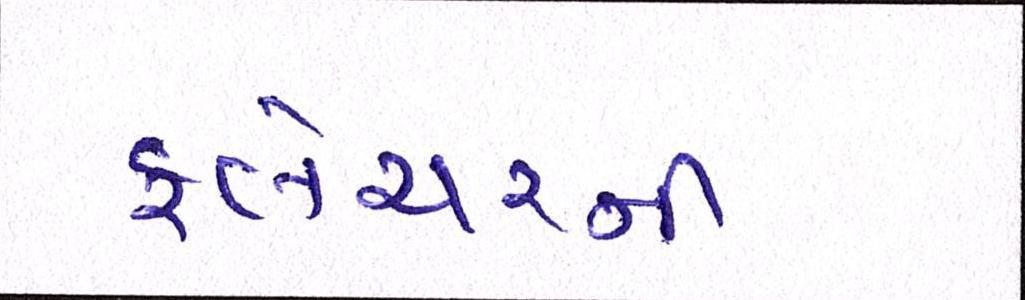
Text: ફ્લેચરની